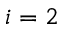
i = 2